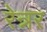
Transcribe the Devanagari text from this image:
रेन्नर